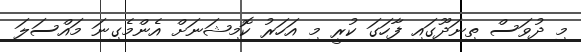
މި ދުވަސް ތިނަދޫގައި ފާހަގަ ކުރީ މި އަހަރު ކޮމިޝަނަށް އެންމެގިނަ މައްސަލަ